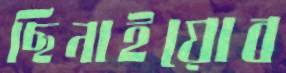
ছিনাইয়োব